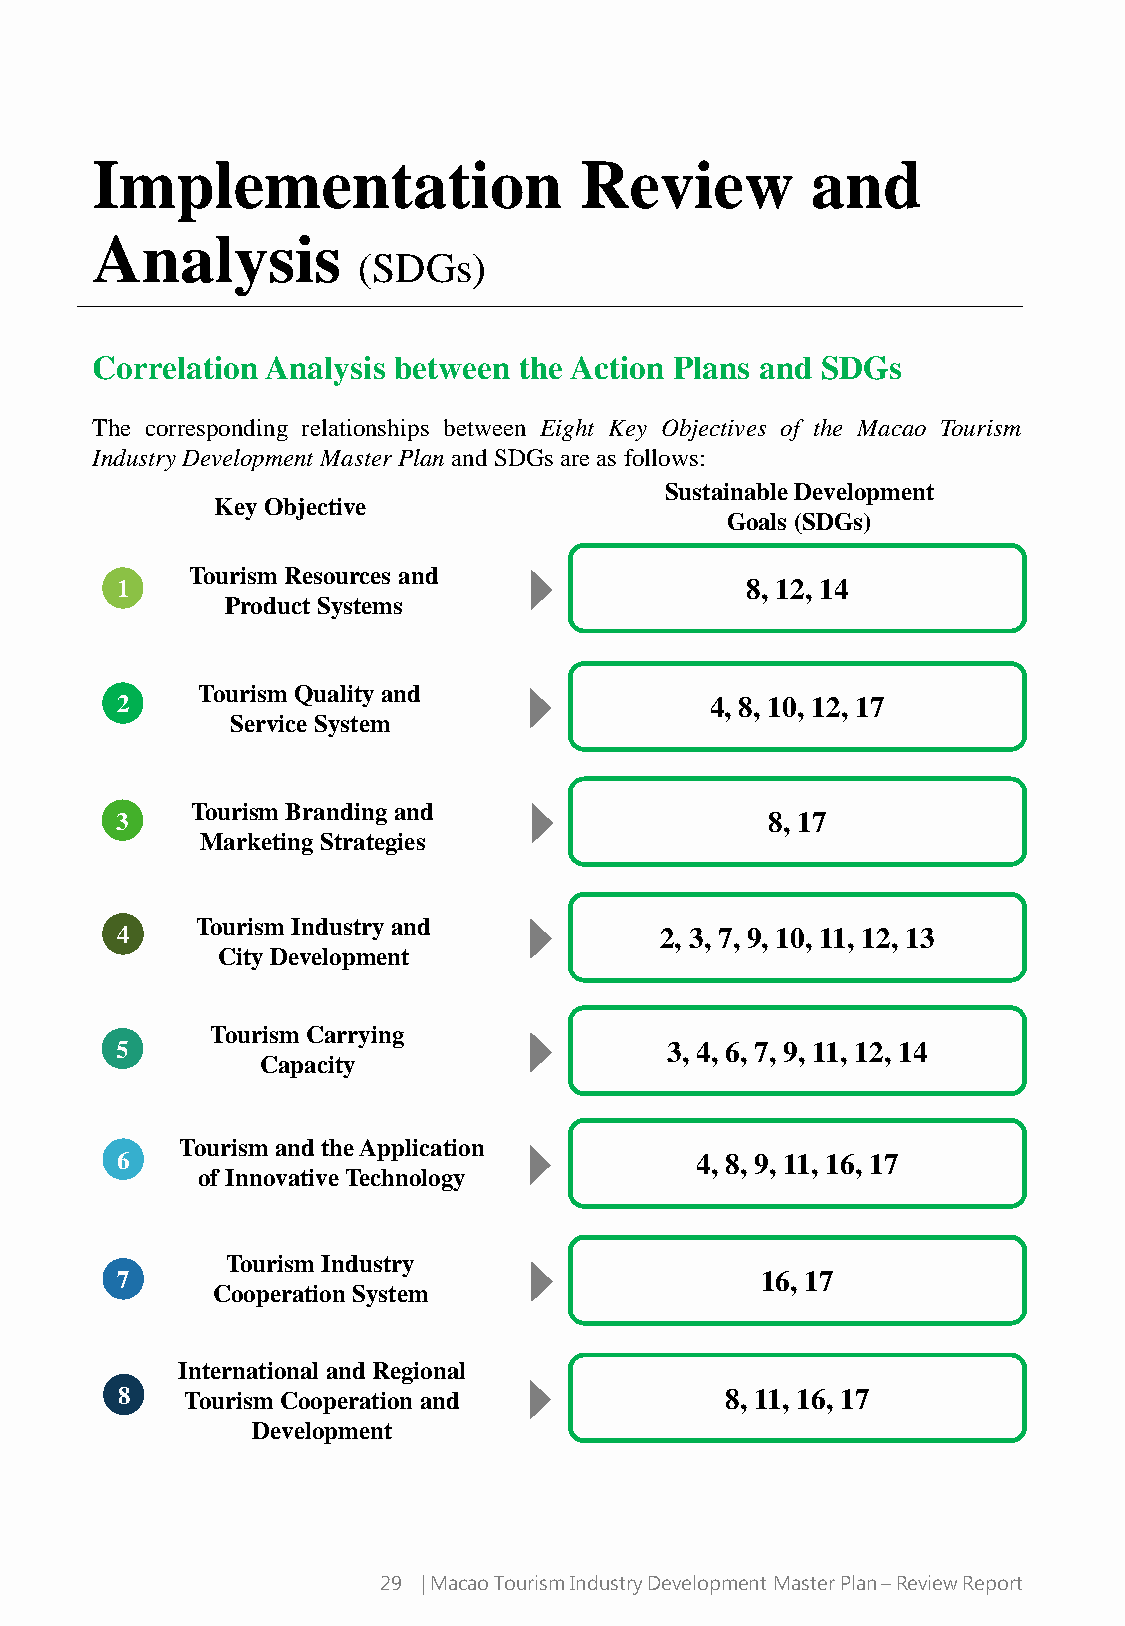
Implementation                  Review          and
 Analysis
 (SDGs)
 Correlation Analysis between the Action Plans and SDGs
 The corresponding relationships between Eight Key Objectives of the Macao Tourism
 IndustryDevelopment Master Plan and SDGsare as follows:
 Sustainable Development
 Key Objective
 Goals (SDGs)
 Tourism Resources and
 1                                        8, 12, 14
 Product Systems
 Tourism Quality and
 2                                      4, 8, 10, 12, 17
 Service System
 Tourism Branding and
 3                                          8, 17
 Marketing Strategies
 Tourism Industry and
 4                                   2, 3, 7, 9, 10, 11, 12, 13
 City Development
 Tourism Carrying
 5                                   3, 4, 6, 7, 9, 11, 12, 14
 Capacity
 Tourism and the Application
 6                                     4, 8, 9, 11, 16, 17
 of Innovative Technology
 Tourism Industry
 7                                         16, 17
 Cooperation System
 International and Regional
 8   Tourism Cooperation and             8, 11, 16, 17
 Development
 29 | Macao Tourism Industry Development Master Plan –Review Report